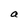
Character: a